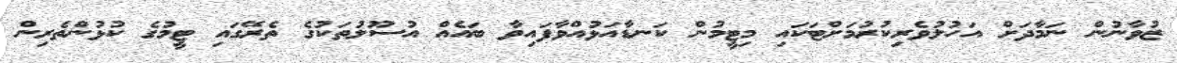
ޒުވާނުން ނަމާދަށް އަހުލުވެރިކުރުމަށްޓަކައި މިޓީމުން ކަނޑާއަޅުއްވާފައިވާ ބައެއް އުސޫލުތަކުގެ ތެރޭގައި ޓީމުގެ ކުޅުންތެރިން